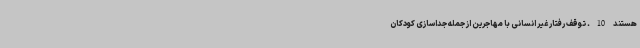
هستند 10. توقف رفتار غیر انسانی با مهاجرین از جمله جداسازی کودکان